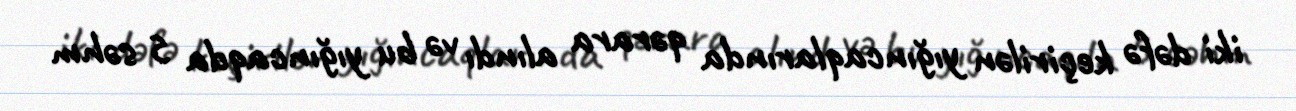
iki dəfə keçirilən yığıncaqlarında qərara alındı və bu yığıncaqda 5 səhm